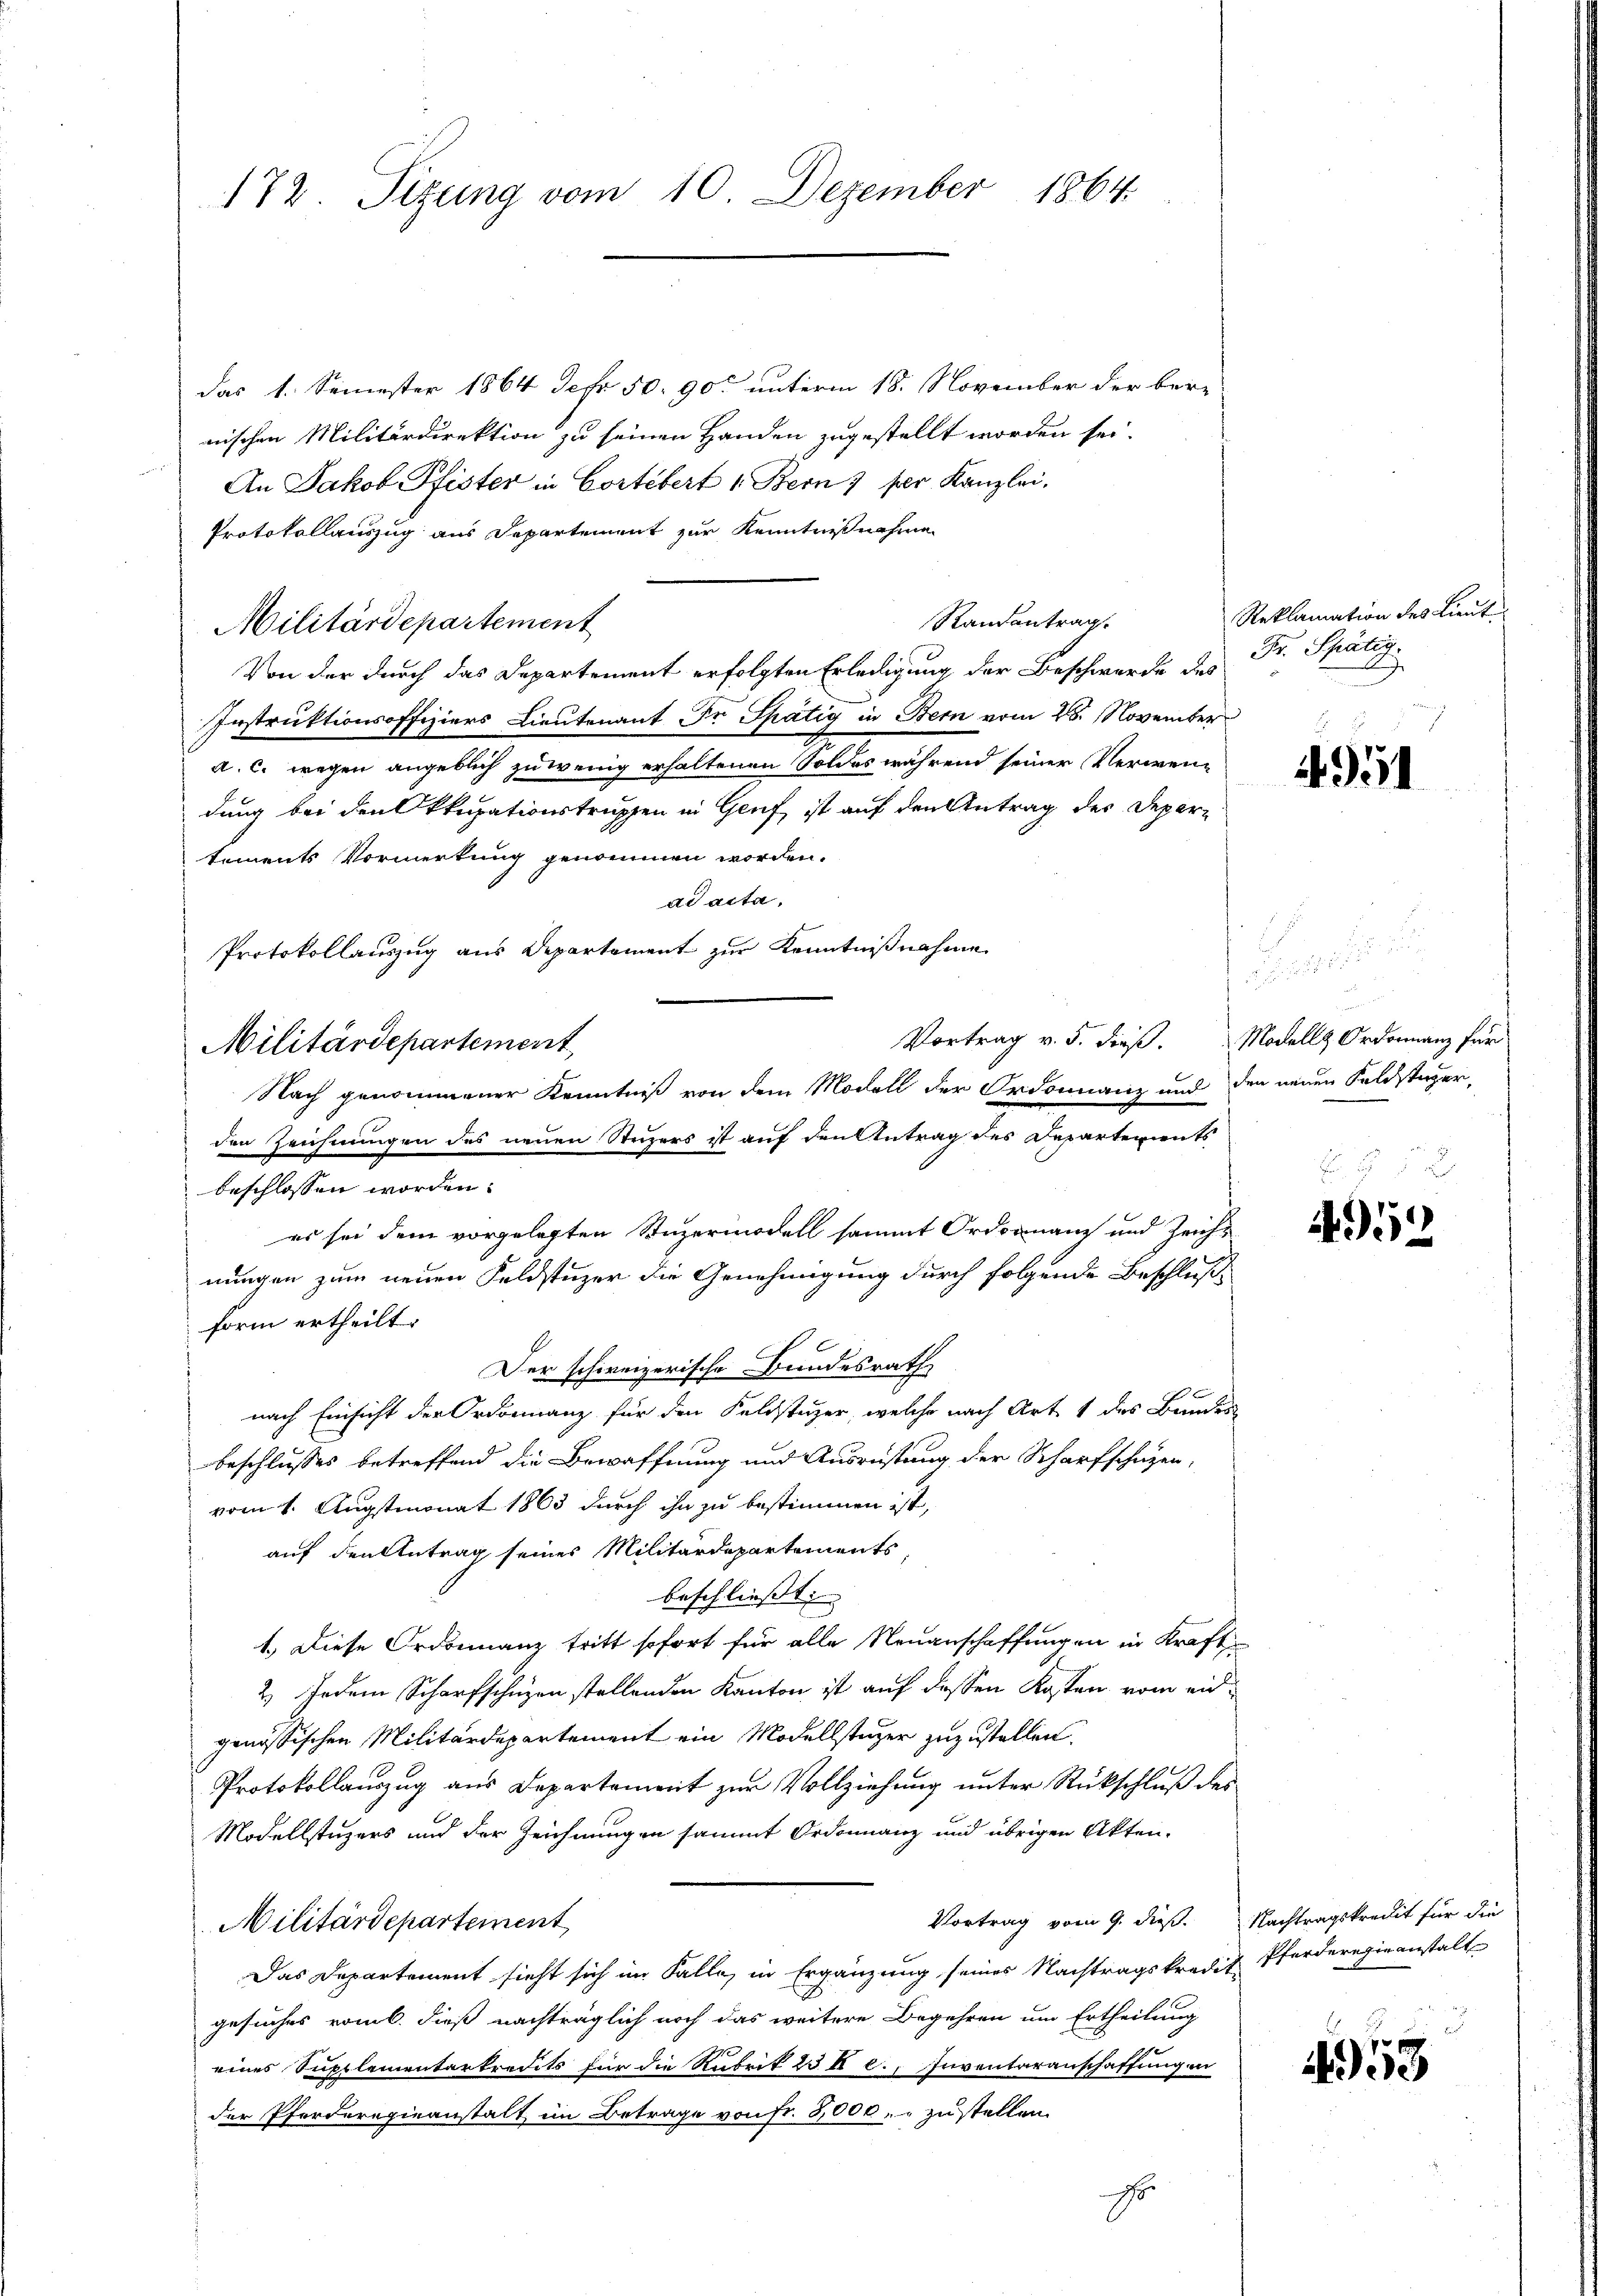
172. Sizung vom 10. Dezember 1864.

das 1. Semester 1864 Sefr 50. 90 unterm 18. November der bere
nischen Militärdirektion zu seinen Handen zugestellt worden sei.
An Jakob Pfister in Cortebert 1. Bern) per Kanzlei.
Protokollauszug aus Departement zur Kenntnißnahme
Militärdepartement
Von der durch das Departement erfolgten Erledigung der Beschwerde des
Instruktionsoffiziers Lieutenant Dr. Spätig in Bern vom 28. November
a. c. wegen angeblich zu wenig erhaltenen Soldes während seiner Verwendung bei den Pkusationstruppen in Genf, ist auf den Antrag des Departements Vormerkung genommen worden.
ad acta,
Protokollauszug aus Departement zur Kenntnißnahme
Vortrag v. 5. dieß. Modell & Ordonnanz für
den Zeichnungen des neuen Stuzers ist auf den Antrag des Departements
beschlossen worden.
es sei dem vorgelegten Stuzermodell sammt Ordonnanz und Zeicht
nungen zum neuen Feldstuzer die Genehmigung durch folgende Beschluße
form ertheilt.
Der schweizerische Bundesrath
nach Einsicht der Ordinanz für den Feldstuzer, welche nach Art. 1 des Bundes
beschlusses betreffend die Bewaffnung und Ausrüstung der Scharfschutzen,
vom 1. Augstmonat 1863 durch ihn zu bestimmen ist,
auf den Antrag seines Militärdepartements,
beschliesst:
1.) Diese Ordonnanz tritt sofort für alle Neuanschaffungen in Kraft
2.) Jedem Scharfschuzen stellenden Kanton ist auf dessen Kosten vom eingenössischen Militärdepartement ein Modellstüzer zuzustellen.
Protokollauszug aus Departement zur Vollziehung unter Rückschluß des
Modellstüzers und der Zeichnungen sammt Ordinanz und übrigen Akten-
Militärdepartement
Das Departement sieht sich im Falle, in Ergänzung seines Nachtragskredit Pferderegieanstalt
gesuches vom l. dieß nachträglich noch das weitere Begehren um Ertheilung
eines Supplementarkredits für die Rubrik 23 k c., Inventaranschaffung in
der Pferderegieanstalt im Betrage von fr. 3,000. zustellen.
H.

Militärdepartement

Randentrag.

Nach genommener Kenntniß von dem Modell der Ordonnanz und den neuen Feldstager-

Reklamation des Lieute
Dr. Schätig.

4951

n

4952

Vortrag vom 9. dieß. Nachtragskredit für die

458